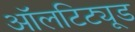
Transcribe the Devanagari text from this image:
ऑलटिट्यूड